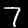
Digit: 7